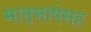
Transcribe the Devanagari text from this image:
मातृभाषेसह